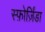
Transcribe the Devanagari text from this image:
स्फ़ोर्ज़िंडा